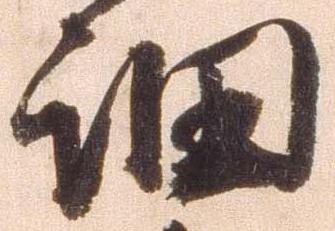
細